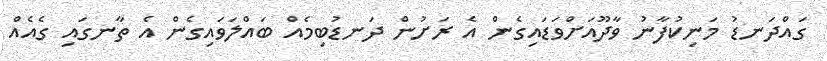
ގައްދަނޑު މަނިކުފާނު ވާދޫއަށްވަޑައިގެން އެ ރަށުން ދަނޑުބިމެއް ބައްލަވައިގެން އެ ތާނގައި ގެއެއް